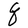
Character: q